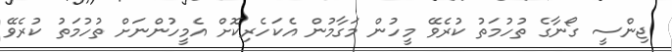
ޖިންސީ ގޯނާގެ ތުހުމަތު ކުރެވޭ މީހުން މަގާމުން އެކަހެރިކޮށް އެމީހުންނަށް ތުހުމަތު ކުރެވޭ